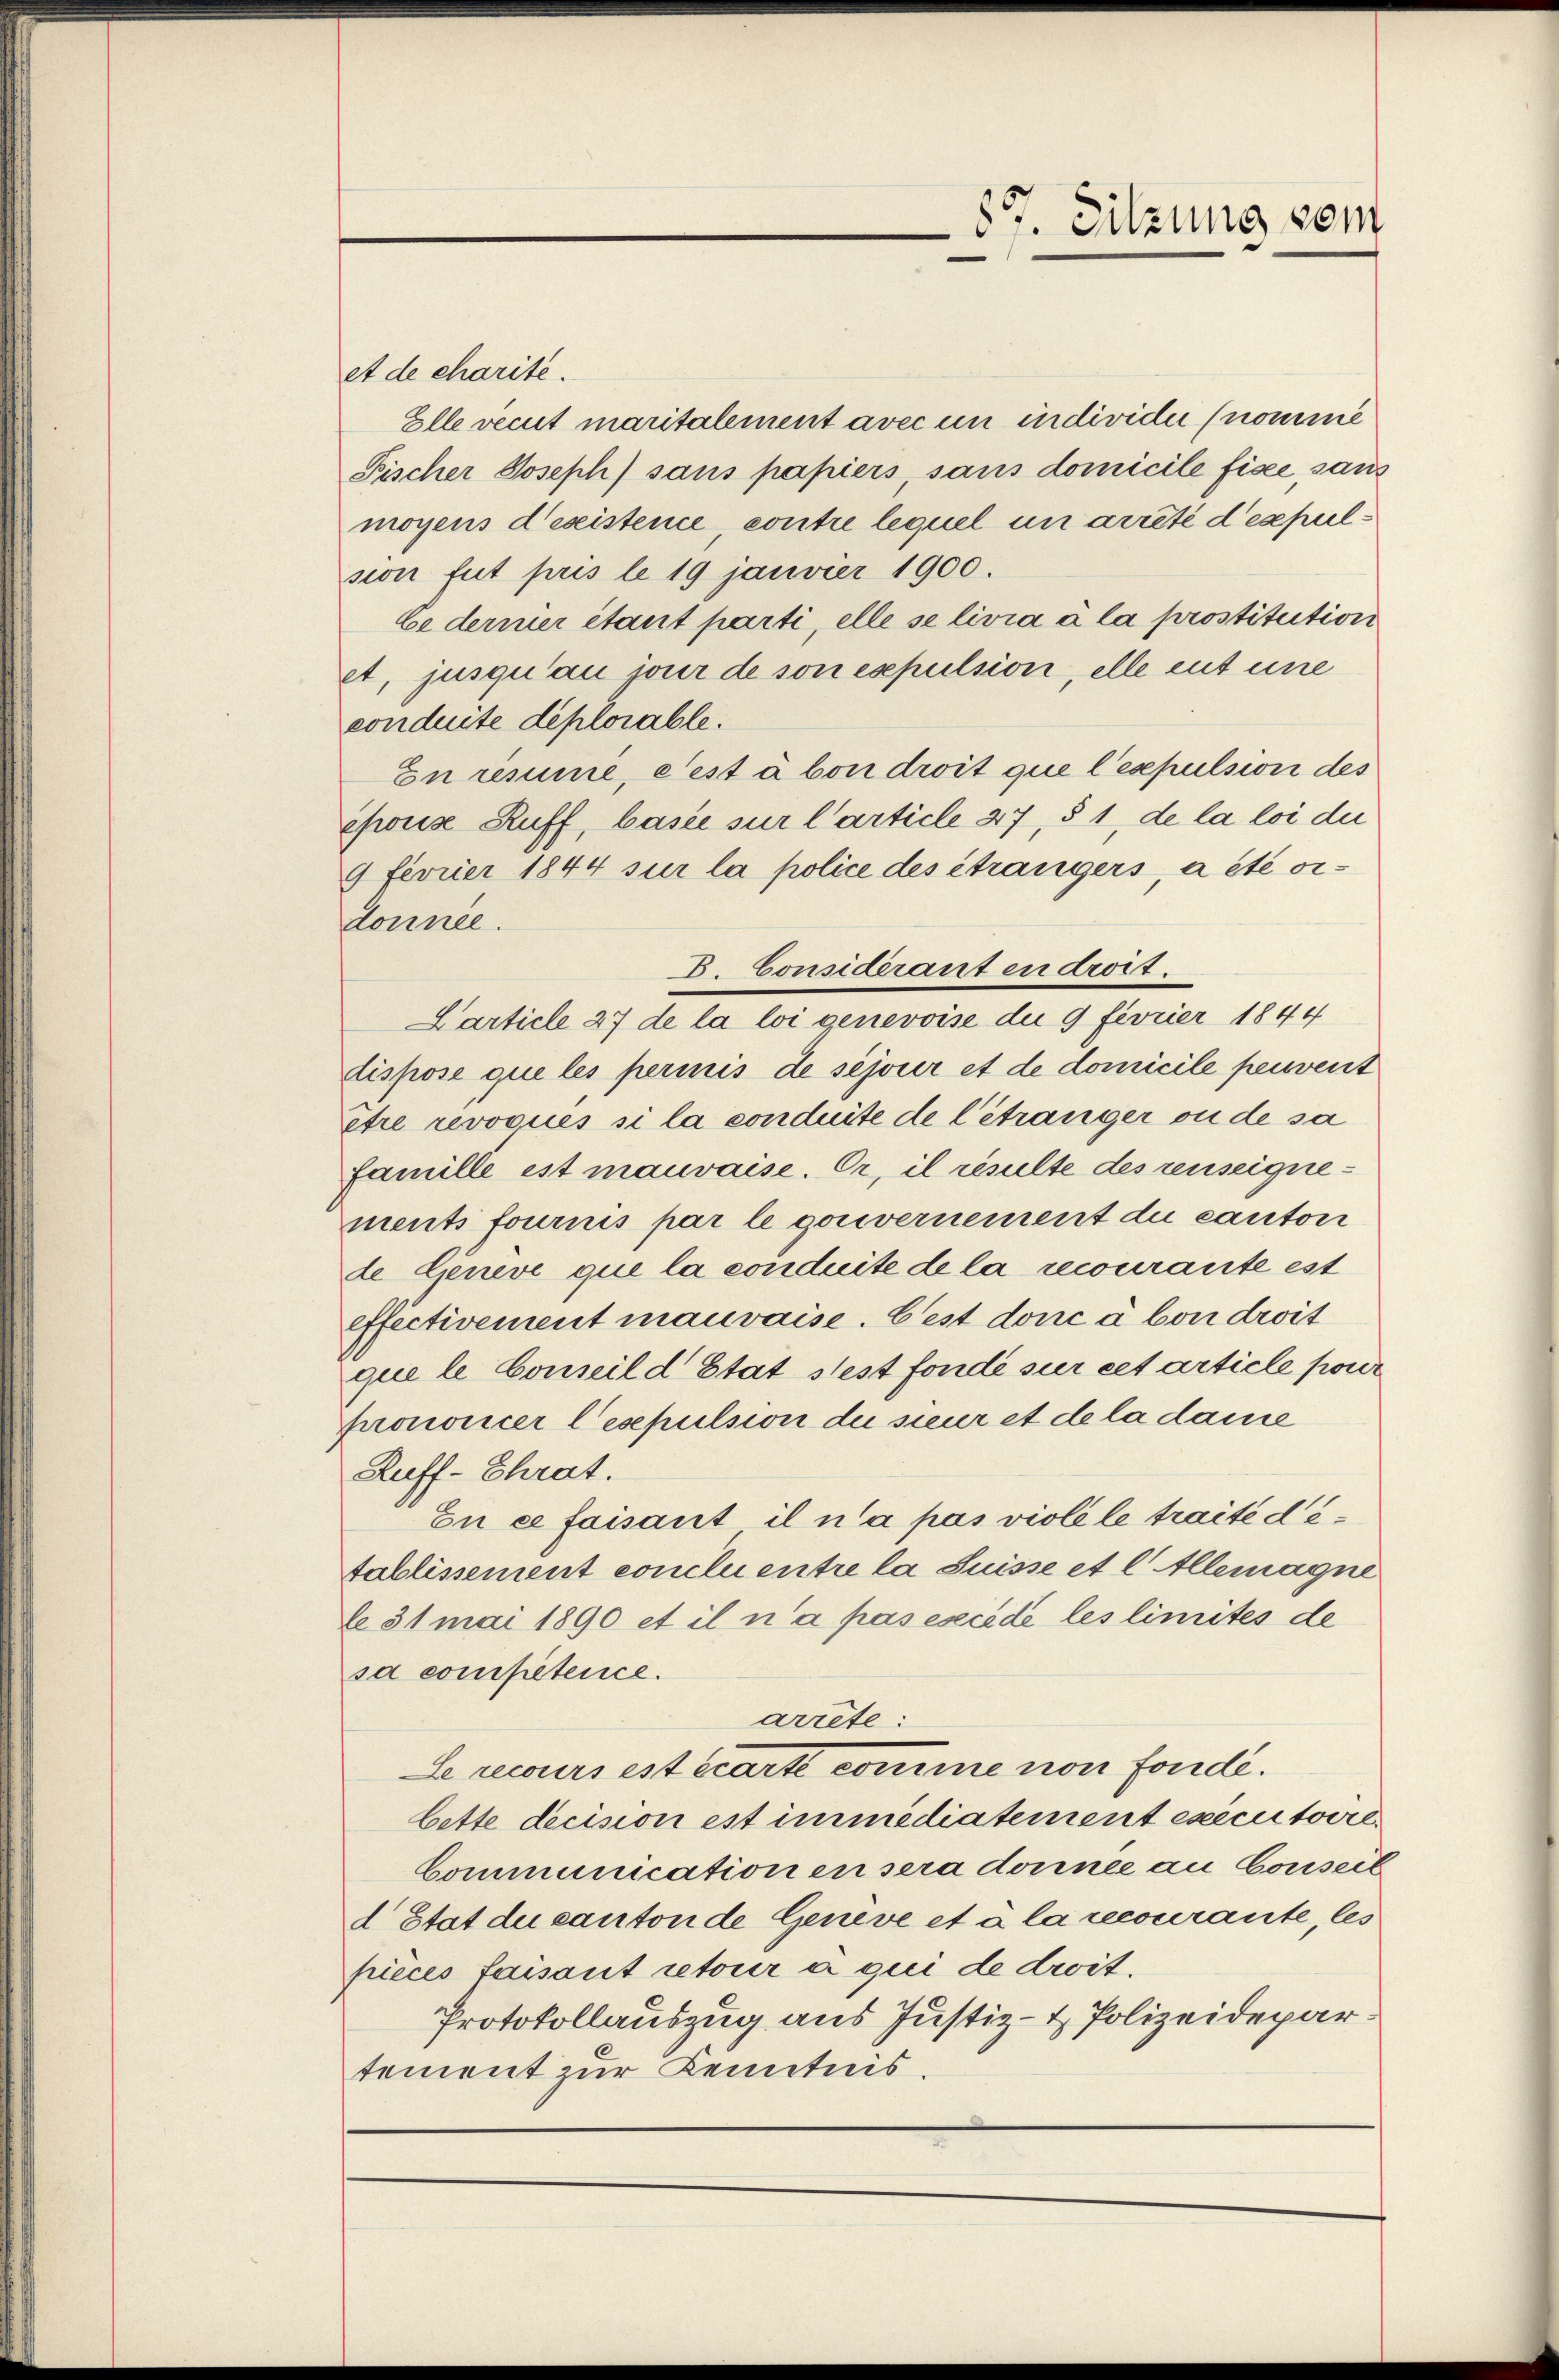
et de charite.
Elle vecut maritalement avec un individui (nomme
Fischer Joseph) sans papiers, sans domicile fisce san
moyens d’existence contre lequel in arreté d’espielsion fut pris le 19 janvier 1900.
Cederier étant parti, elle se livia à la prostitution
et, jusqu’au jour de son expulsion, elle ent une
conduite deplorable.
En remie, e est aben droit que l’esepulsion des
epouse Ruff, basie sur l’article 37, § 1, de la loi due
9 fevrier 1844 sur la police des étrangers, a été ordonnée.
D. Considerant en droit
Carticle 27 de la loi genevoise du 9 fevrier 1844
dispose que les perinis de sejour et de domicile peuvent
etre revoques si la conduite de l’étranger ou de sa
famille ist mauvaise. Er, il résulte des reuseignements fournis par le gouvernement die canton
de Geneve que la conduite de la recourante est
effectivement mauvaise. Cest donc à bon droit
que le Conseil d Etat stest fonde sur cet article pour
prononcer lesepulsion der sieur et de la dane
Ruff-Chrat.
En ce faisant il n’a pas violele traité détablissement conclu entre la Suisse et l Allemagne
31 mai 1890 et il n’a pas excède les limites de
sa competenice.
arrête:
Le recours est écarte comme von fonde.
bette decision est immediatement executovie
Communication ein sera donnee an Conseit
d Etat du canton de Geneve et à la recourante, les
pieces faisant retour a qui de droit.
Protokollauszug aus Justiz- & Polizeidepar
tement zur Kenntnis.

87. Sitzung vom